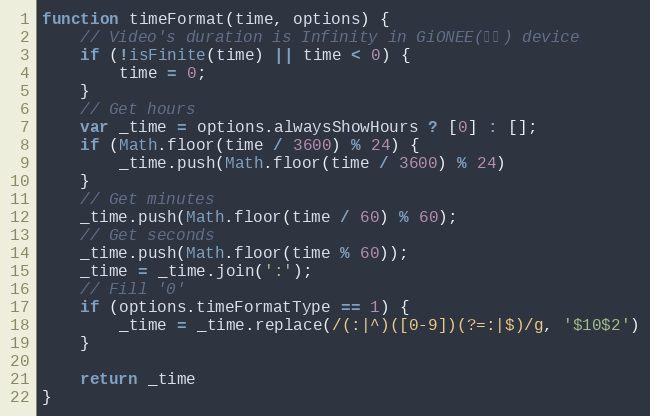
Language: JavaScript
function timeFormat(time, options) {
	// Video's duration is Infinity in GiONEE(金立) device
	if (!isFinite(time) || time < 0) {
		time = 0;
	}
	// Get hours
	var _time = options.alwaysShowHours ? [0] : [];
	if (Math.floor(time / 3600) % 24) {
		_time.push(Math.floor(time / 3600) % 24)
	}
	// Get minutes
	_time.push(Math.floor(time / 60) % 60);
	// Get seconds
	_time.push(Math.floor(time % 60));
	_time = _time.join(':');
	// Fill '0'
	if (options.timeFormatType == 1) {
		_time = _time.replace(/(:|^)([0-9])(?=:|$)/g, '$10$2')
	}

	return _time
}